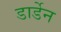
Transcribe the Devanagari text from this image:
डार्डेन